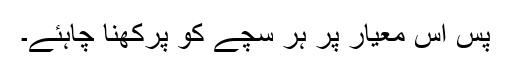
پس اس معیار پر ہر سچے کو پرکھنا چاہئے۔